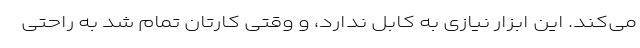
می‌کند. این ابزار نیازی به کابل ندارد، و وقتی کارتان تمام شد به راحتی